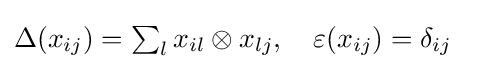
\Delta (x_{ij})=\textstyle \sum _{l}x_{il}\otimes x_{lj},\quad \varepsilon (x_{ij})=\delta _{ij}\quad